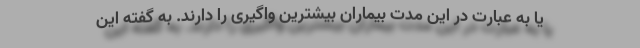
یا به عبارت در این مدت بیماران بیشترین واگیری را دارند. به گفته این